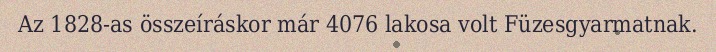
Az 1828-as összeíráskor már 4076 lakosa volt Füzesgyarmatnak.